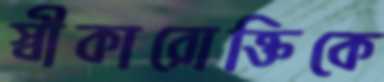
স্বীকারোক্তিকে